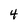
Character: 4